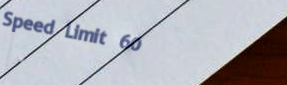
Speed Limit 60